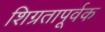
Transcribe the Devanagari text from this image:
शिग्रतापूर्वक